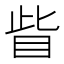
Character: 眥